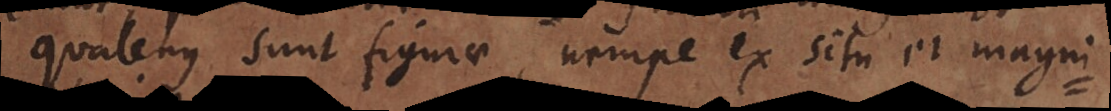
quatenus sunt figurae, nempe ex situ et magni